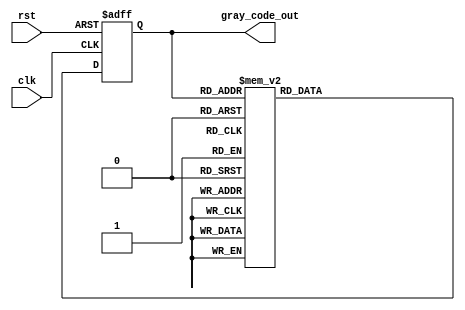
module gray_code_counter (
    input wire clk,
    input wire rst,
    output reg [3:0] gray_code_out
);

reg [3:0] gray_code_reg;

always @(posedge clk or posedge rst) begin
    if (rst) begin
        gray_code_reg <= 4'b0000;
    end
    else begin
        case(gray_code_reg)
            4'b0000: gray_code_reg <= 4'b0001;
            4'b0001: gray_code_reg <= 4'b0011;
            4'b0011: gray_code_reg <= 4'b0010;
            4'b0010: gray_code_reg <= 4'b0110;
            4'b0110: gray_code_reg <= 4'b0100;
            4'b0100: gray_code_reg <= 4'b0101;
            4'b0101: gray_code_reg <= 4'b0111;
            4'b0111: gray_code_reg <= 4'b1111;
            4'b1111: gray_code_reg <= 4'b1000;
            default: gray_code_reg <= 4'b0000;
        endcase
    end
end

assign gray_code_out = gray_code_reg;

endmodule